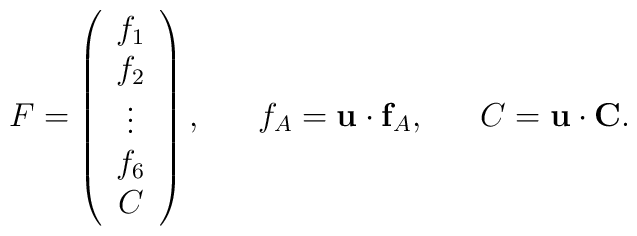
F =    \left(   \begin{array}{c}   f_{1} \\ f_{2} \\ \vdots \\ f_{6} \\ C   \end{array} \right),   ~~~~~f_{A} = {\bf u} \cdot {\bf f}_{A}, ~~~~~ C = {\bf u} \cdot {\bf C} .